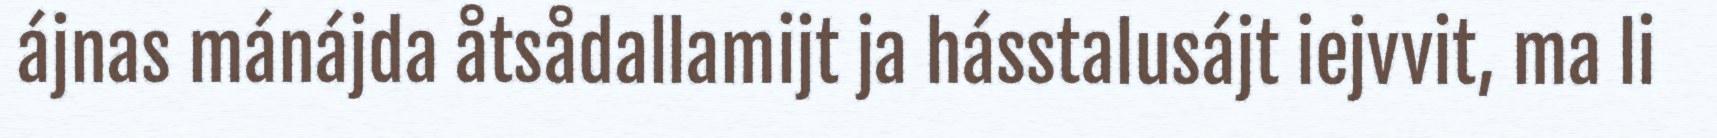
ájnas mánájda åtsådallamijt ja hásstalusájt iejvvit, ma li